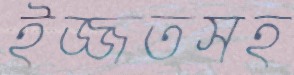
ইজ্জতসহ